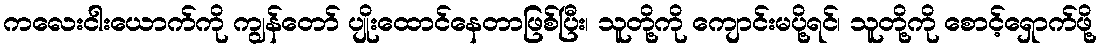
ကလေးငါးယောက်ကို ကျွန်တော် ပျိုးထောင်နေတာဖြစ်ပြီး၊ သူတို့ကို ကျောင်းမပို့ရင်၊ သူတို့ကို စောင့်ရှောက်ဖို့